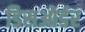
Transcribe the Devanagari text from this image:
डिसओर्डर